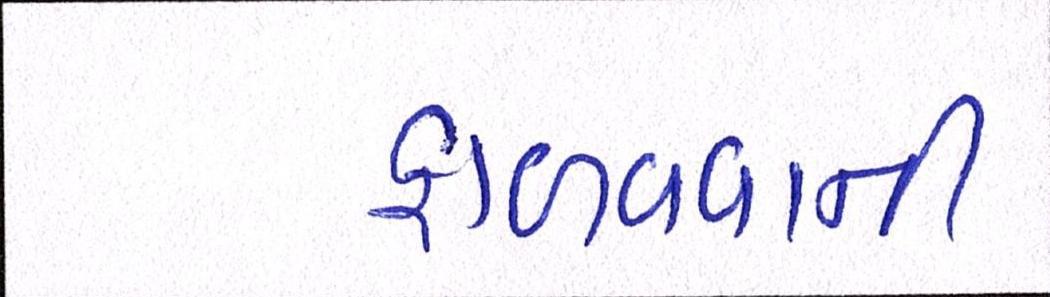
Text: ફાળવવાની